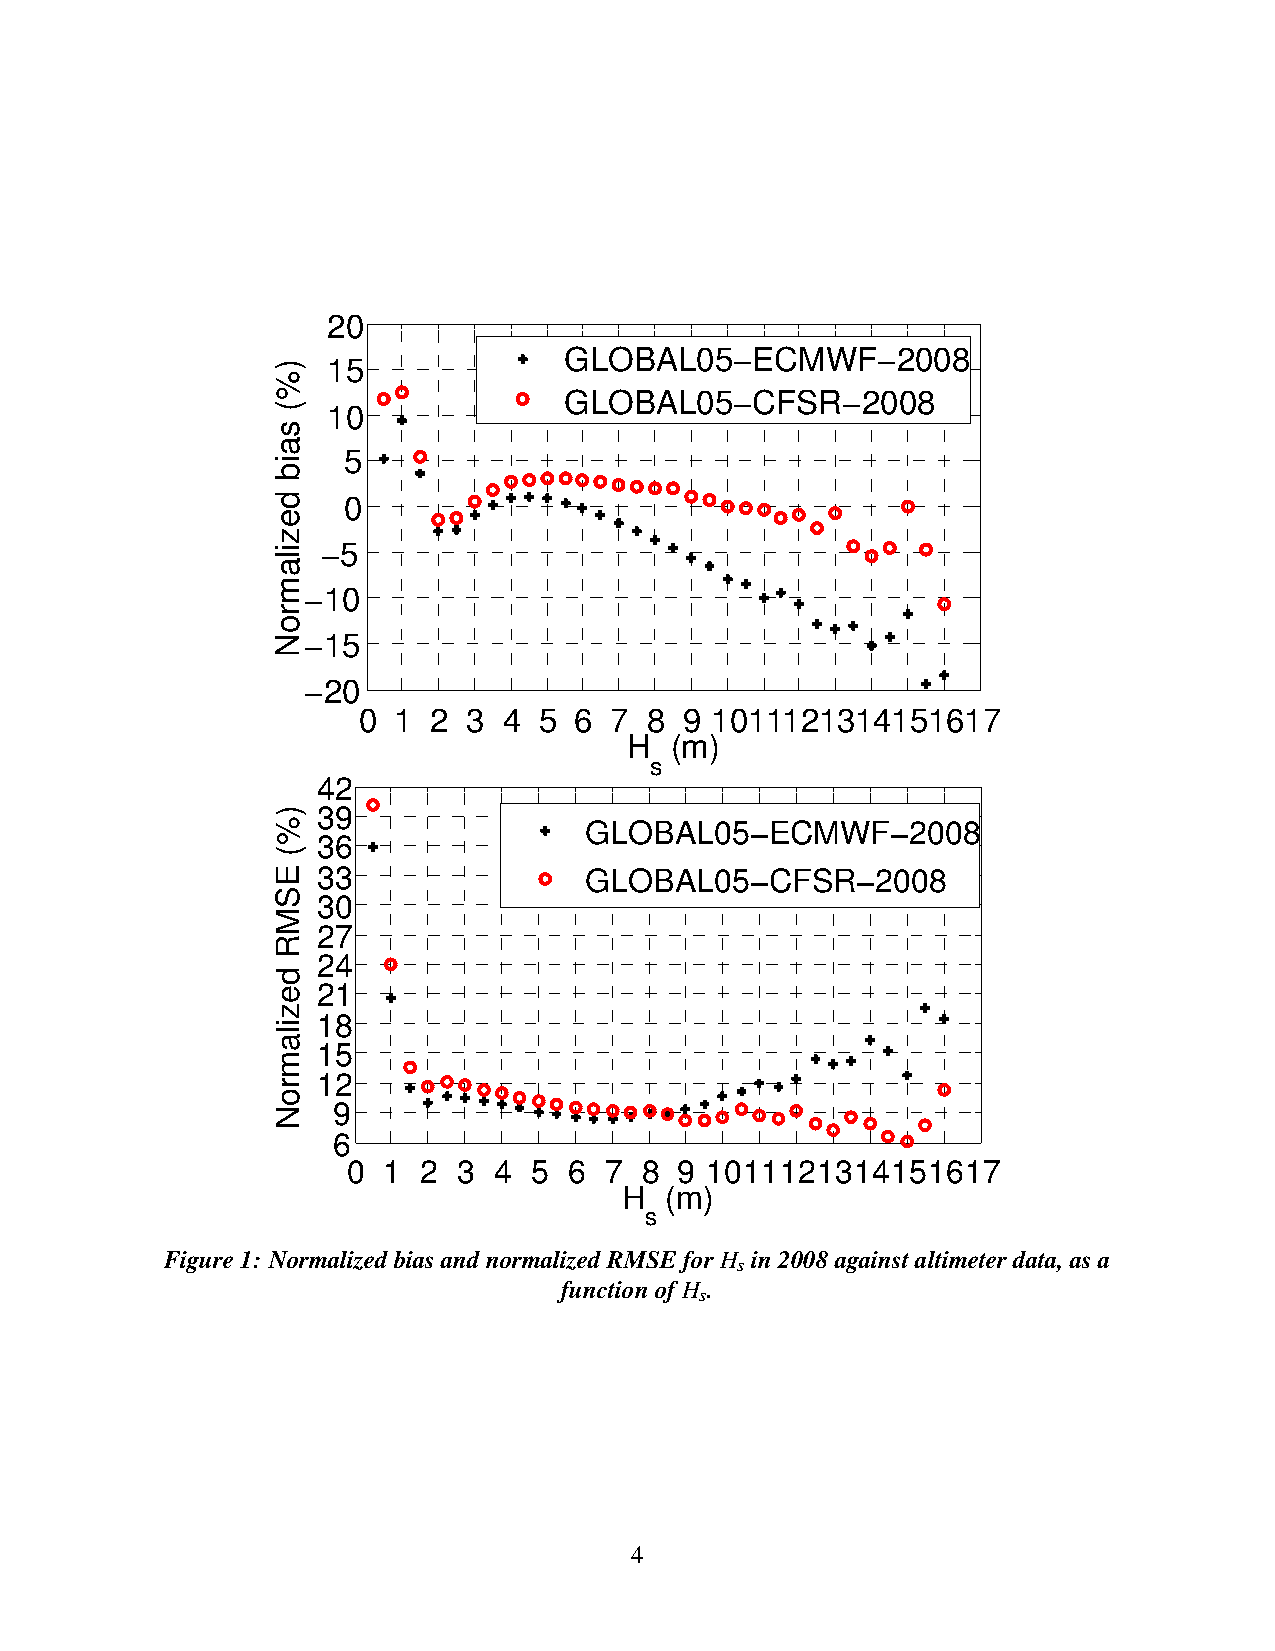
20
 GLOBAL05−ECMWF−2008
 15
 GLOBAL05−CFSR−2008
 10
 5
 0
 −5
 −10
 −15
 −20
 0 1 2  3 4  5 6 7  8 9 1011121314151617
 H  (m)
 s
 42
 39
 GLOBAL05−ECMWF−2008
 36
 33                GLOBAL05−CFSR−2008
 30
 27
 24
 21
 18
 15
 12
 9
 6
 0 1  2 3  4 5  6 7 8  9 1011121314151617
 H  (m)
 s
 Figure1: NormalizedbiasandnormalizedRMSEforH in2008againstaltimeterdata,asa
 s
 functionofH .
 s
 4
 )%(
 saib
 dezilamroN
 )%(
 ESMR
 dezilamroN